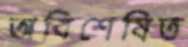
অবিশেষিত